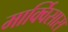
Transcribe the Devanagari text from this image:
मार्क्विसास